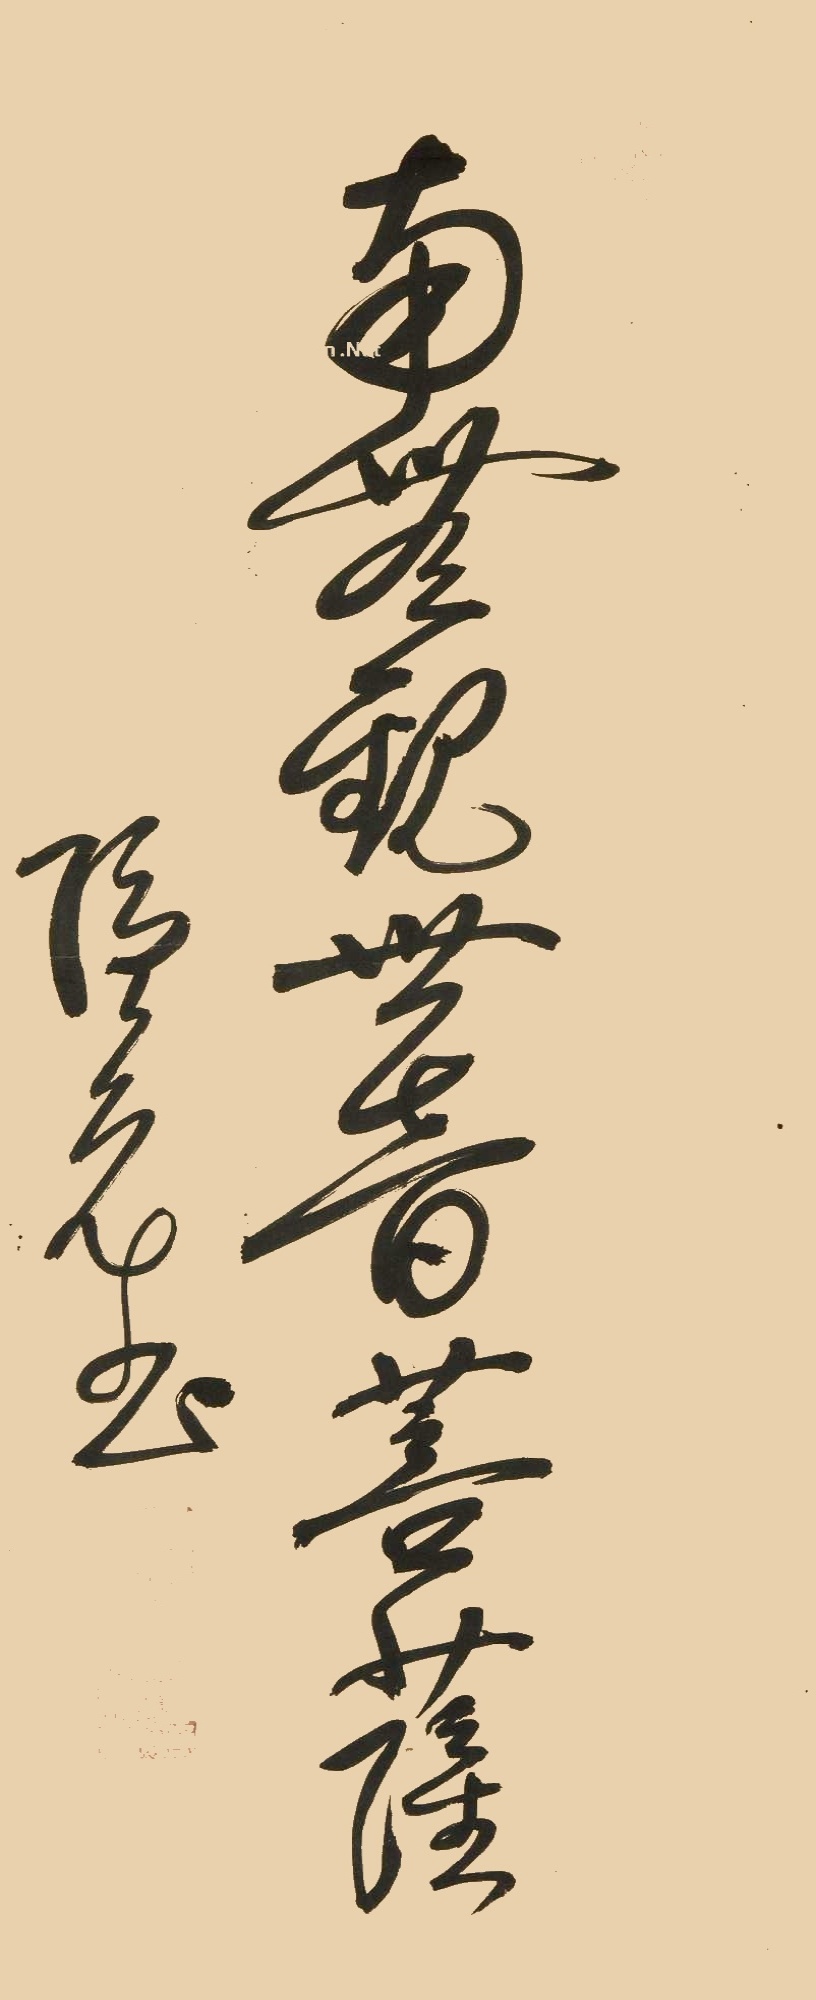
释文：南无观世音菩萨隐元书。